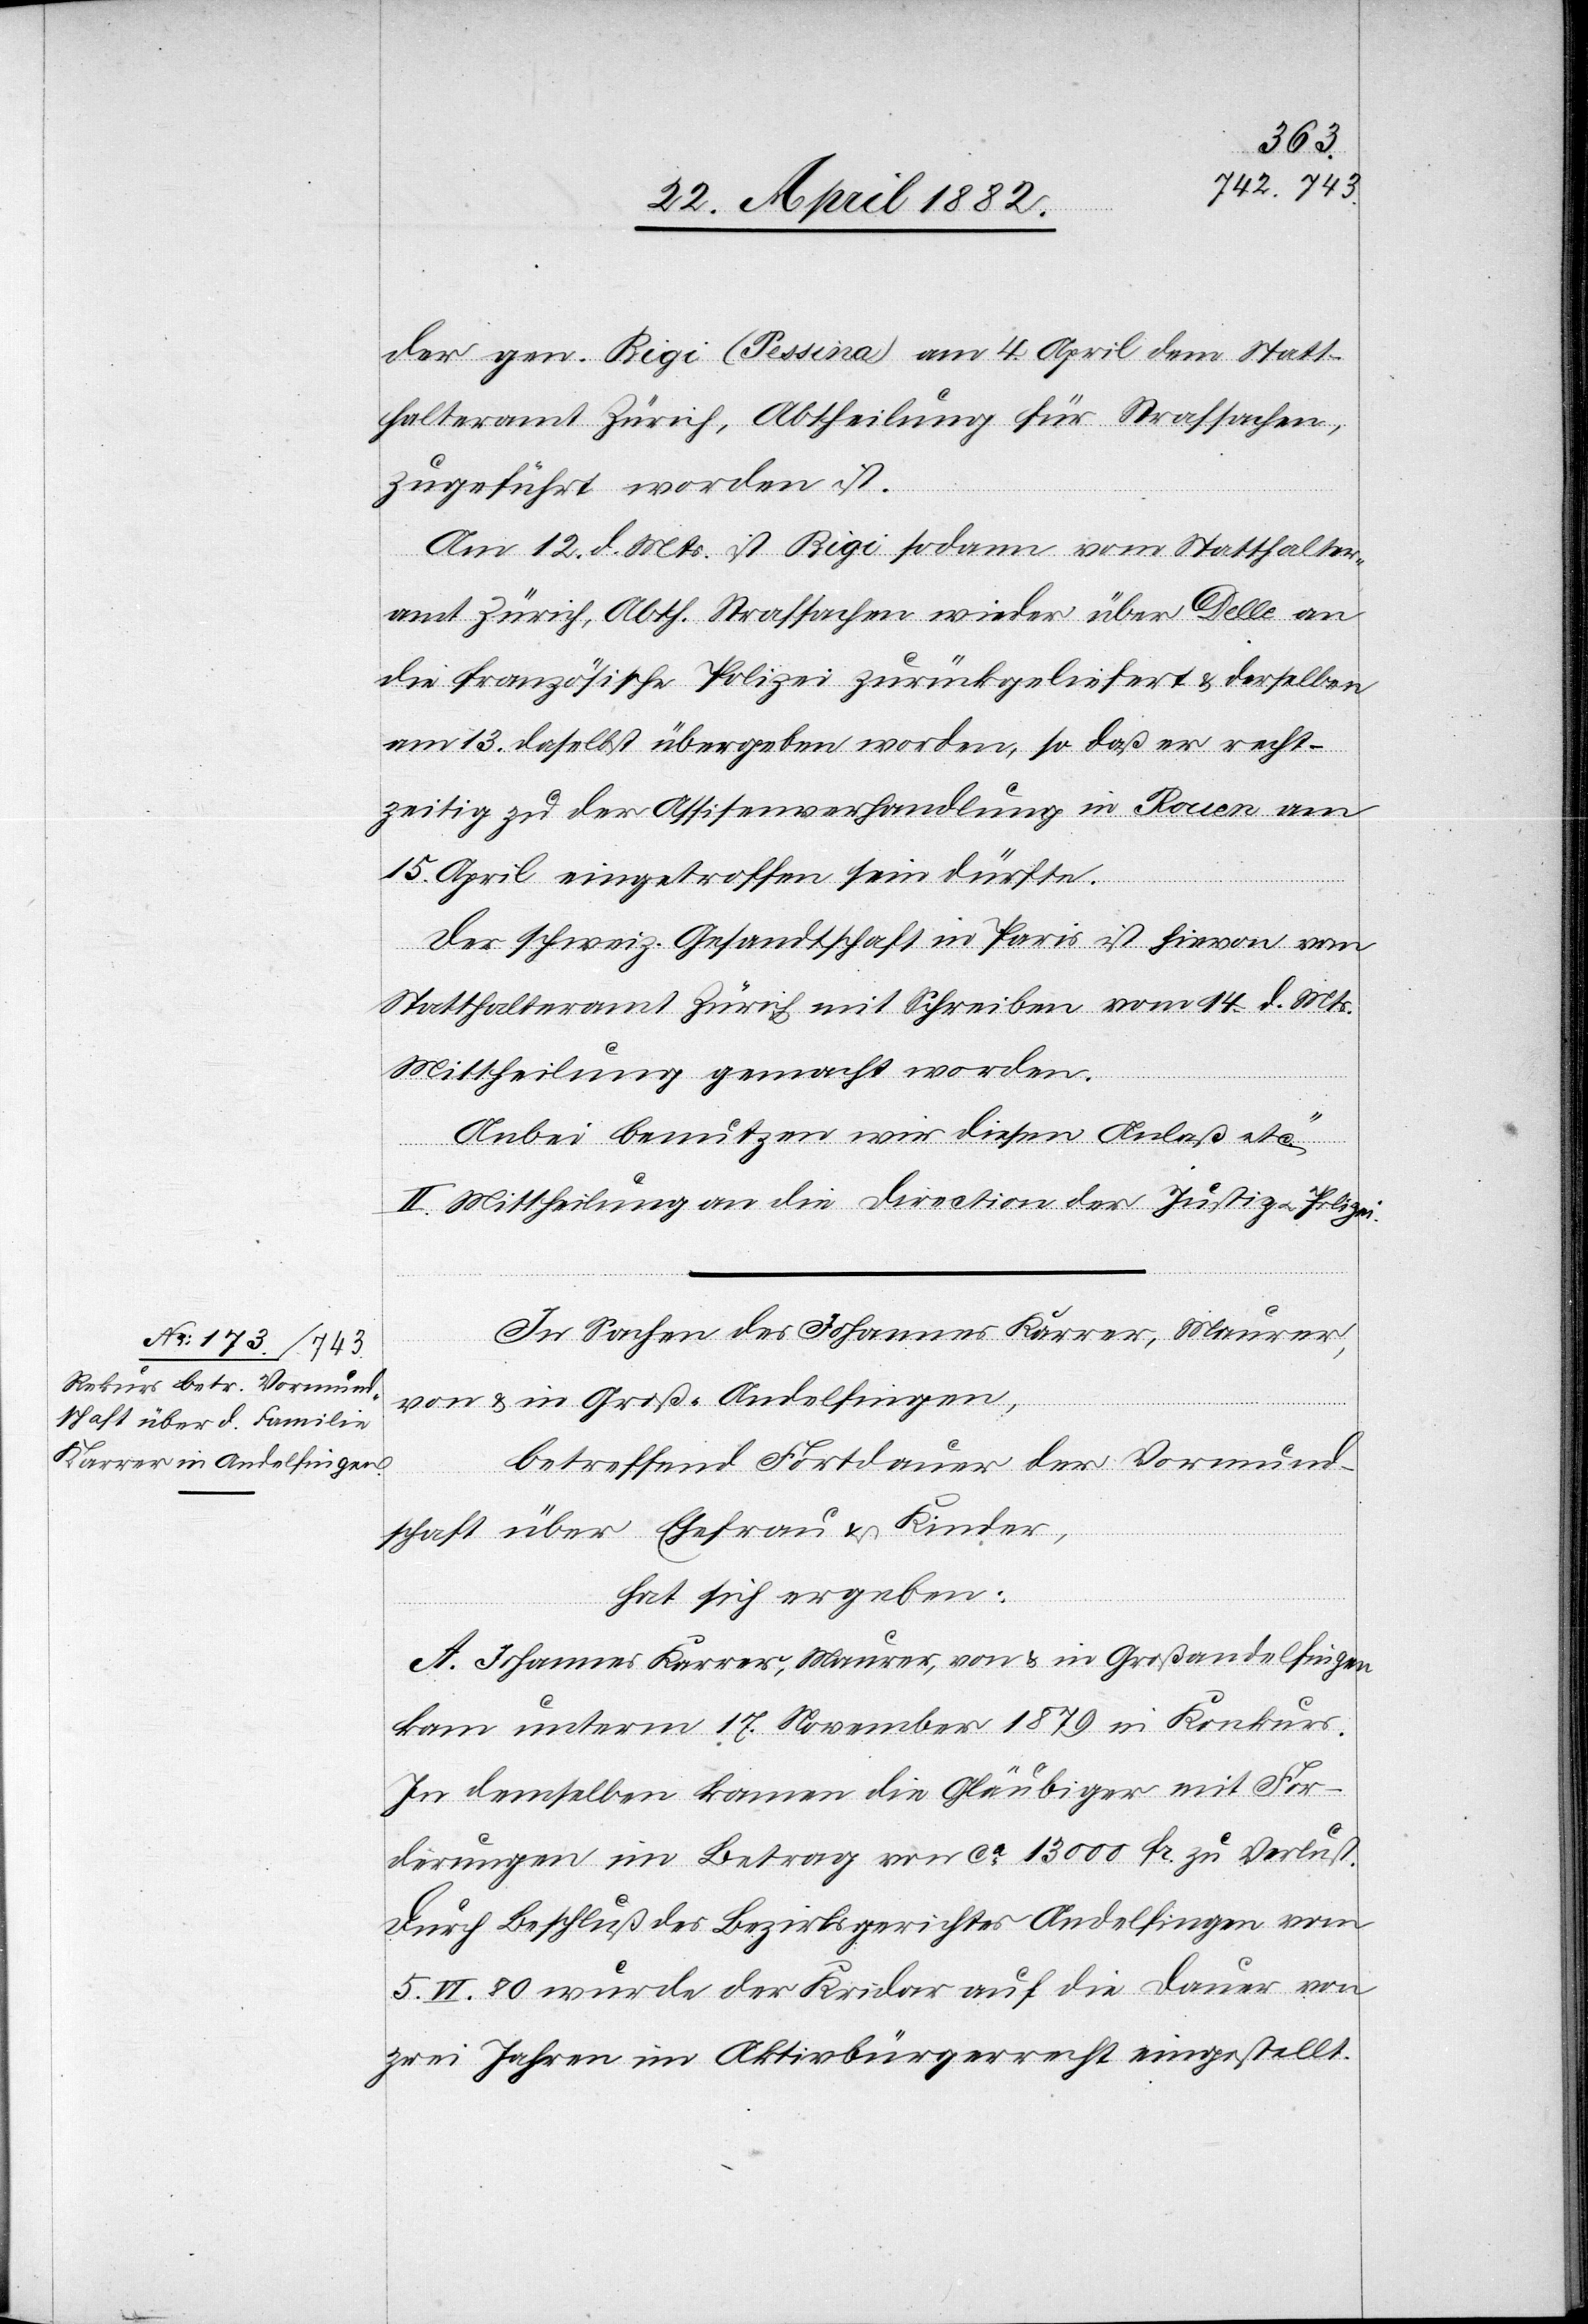
der gen. Rigi (Pessina) am 4. April dem Statt¬
halteramt Zürich, Abtheilung für Strafsachen,
zugeführt worden ist.
Am 12. d. Mts. ist Rigi sodann vom Statthalter¬
amt Zürich, Abth. Strafsachen wieder über Delle an
die französische Polizei zurückgeliefert & derselbe
am 13. daselbst übergeben worden, so daß er recht¬
zeitig zu der Assisenverhandlung in Rouen am
15. April eingetroffen sein dürfte.
Der schweiz. Gesandtschaft in Paris ist hievon vom
Statthalteramt Zürich mit Schreiben vom 14. d. Mts.
Mittheilung gemacht worden.
Anbei benutzen wir diesen Anlaß etc.“
II. Mittheilung an die Direction der Justiz u. Polizei.
In Sachen des Johannes Karrer, Maurer,
von & in Groß-Andelfingen,
betreffend Fortdauer der Vormund¬
schaft über Ehefrau & Kinder,
hat sich ergeben:
A. Johannes Karrer, Maurer, von & in Großandelfingen
kam unterm 17. November 1879 in Konkurs.
In demselben kamen die Gläubiger mit For¬
derungen im Betrag von ca 13 000 Fr. zu Verlust.
Durch Beschluß des Bezirksgerichtes Andelfingen vom
5. VI. 80 wurde der Kridar auf die Dauer von
zwei Jahren im Aktivbürgerrecht eingestellt.